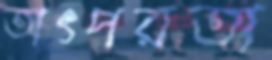
তাৎপরতা